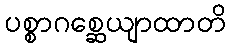
ပစ္စာဂစ္ဆေယျာထာတိ